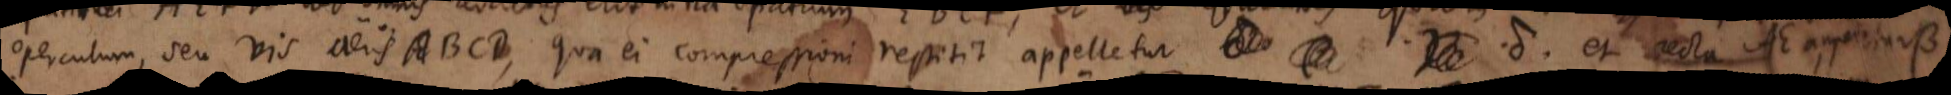
operculum, seu vis aeris ABCD, qua ei compressioni restitit appelletur δ et recta AE appelletur β.